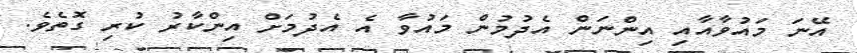
އޭނަ މައުވާއާއި އިންނަން އެދުމުން މައުވާ އެ އެދުމަށް އިންކާރު ކުރި ގޮތެވެ.